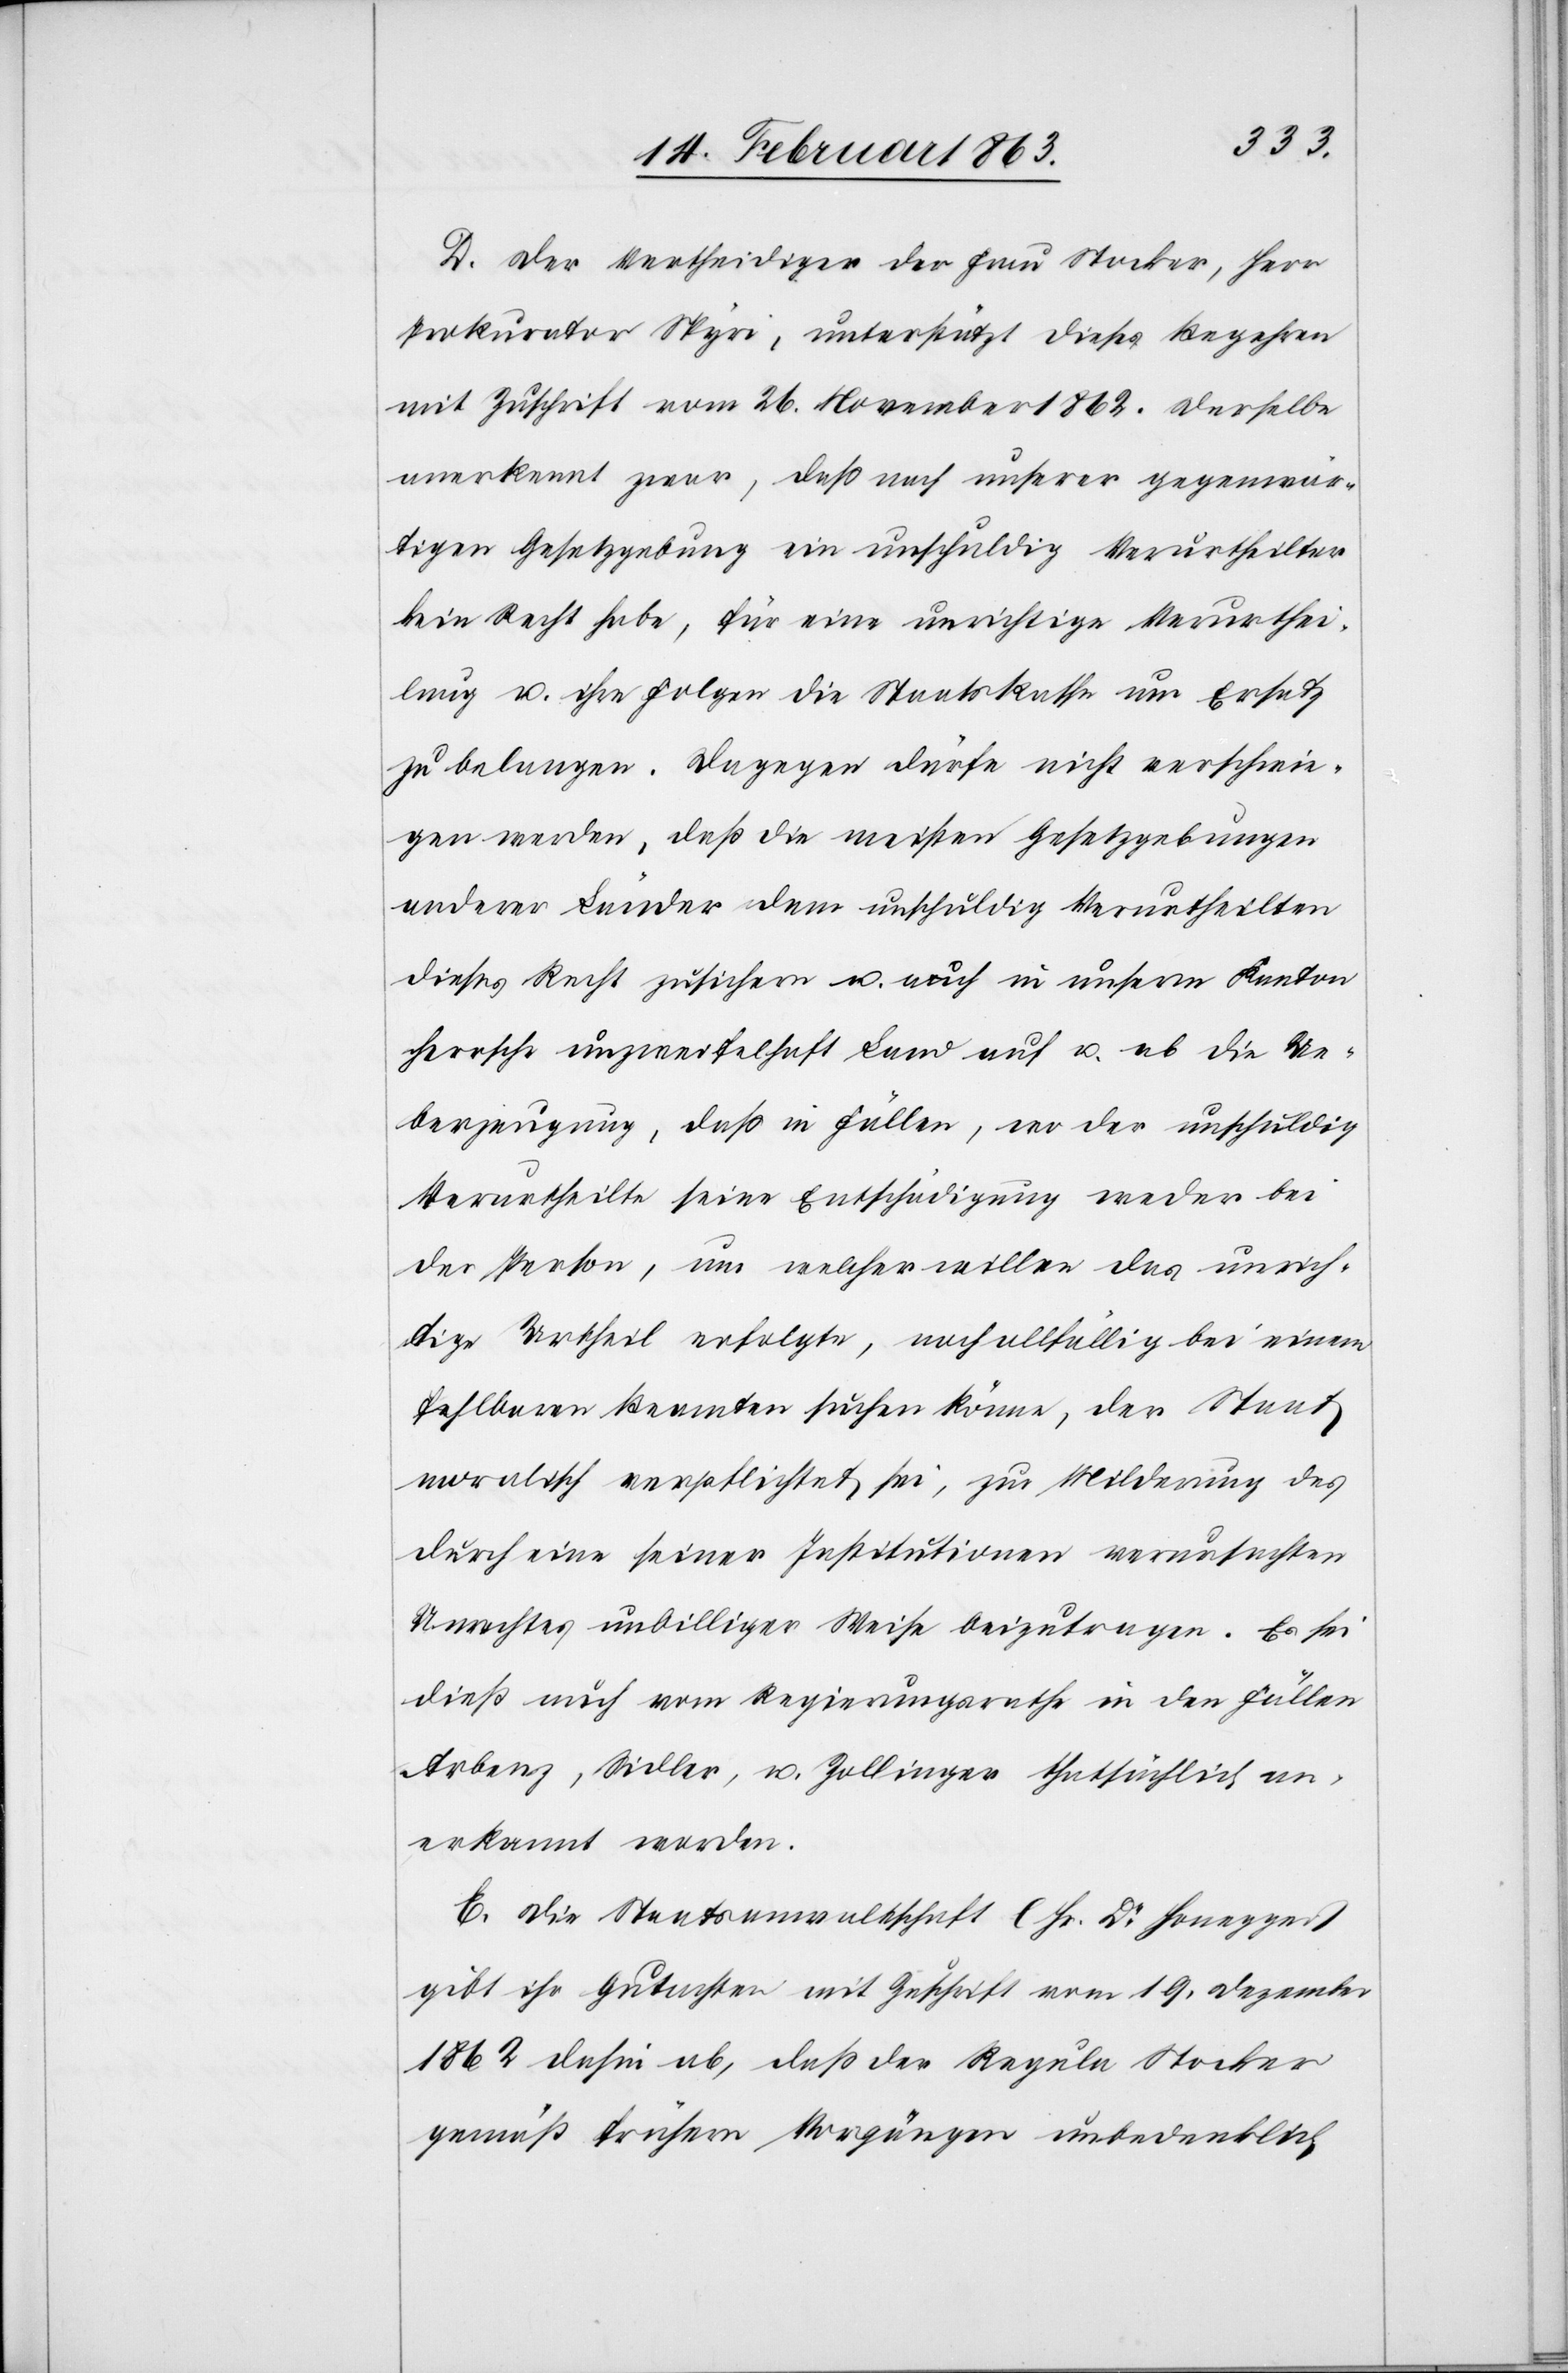
D. Der Vertheidiger der Frau Stocker, Herr
Prokurator Spyri, unterstützt dieses Begehren
mit Zuschrift vom 26. November 1862. Derselbe
anerkennt zwar, daß nach unserer gegenwär¬
tigen Gesetzgebung ein unschuldig Verurtheilter
kein Recht habe, für eine unrichtige Verurthei¬
lung u. ihre Folgen die Staatskasse um Ersatz
zu belangen. Dagegen dürfe nicht verschwie¬
gen werden, daß die meisten Gesetzgebungen
anderer Länder dem unschuldig Verurtheilten
dieses Recht zusichern u. auch in unserm Kanton
herrsche unzweifelhaft Land auf u. ab die Ue¬
berzeugung, daß in Fällen, wo der unschuldig
Verurtheilte seine Entschädigung weder bei
der Person, aus welcher willen das unrich¬
tige Urtheil erfolgte, noch allfällig bei einem
fehlbaren Beamten suche könne, der Staat
moralisch verpflichtet sei, zur Milderung des
durch eine seiner Institutionen verursachten
Unrechtes unbilliger Weise beizutragen. Es sei
dieß auch vom Regierungsrathe in den Fällen
Arbenz, Sidler, u. Zollinger thatsächlich an¬
erkannt worden.
E. Die Staatsanwaltschaft (Hr. Dr Honegger)
gibt ihr Gutachten mit Zuschrift vom 19. Dezember
1862 dahin ab, daß der Regula Stocker
gemäß frühern Vorgängen unbedenklich